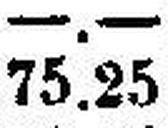
75.25